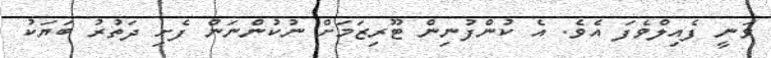
ވަނީ ފެއިލްވެފަ އެވެ. އެ ކުންފުނިން ޓޫރިޒަމަށް ނުކުންނަން ފެށި ދަތުރު ބަޔަކު